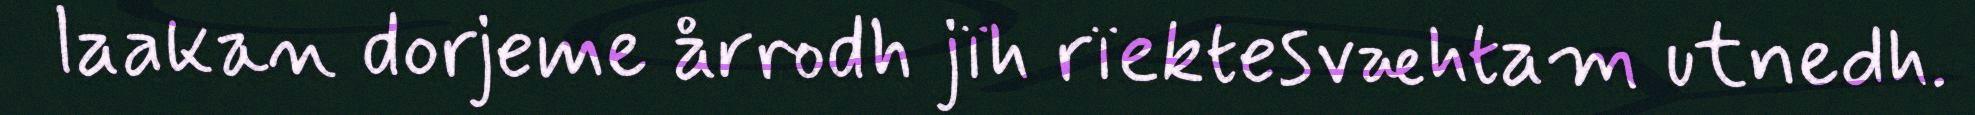
laakan dorjeme årrodh jïh rïektesvæhtam utnedh.